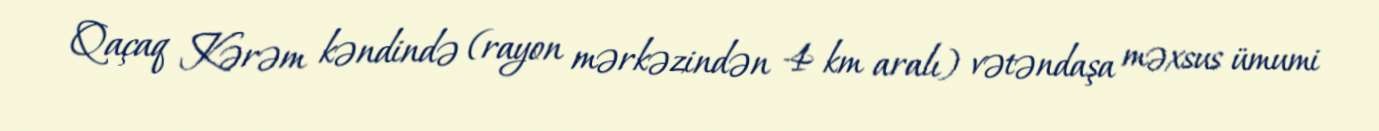
Qaçaq Kərəm kəndində (rayon mərkəzindən 4 km aralı) vətəndaşa məxsus ümumi